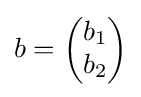
b={\begin{pmatrix}b_{1}\\b_{2}\end{pmatrix}}